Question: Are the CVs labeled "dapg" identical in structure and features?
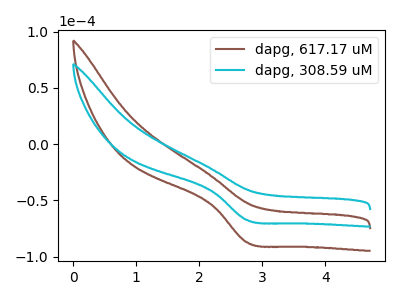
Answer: <think>The brown curve "dapg, 617.17 uM" has a cathodic peak at: (2.75V, -87.25uA). The cyan curve "dapg, 308.59 uM" has a cathodic peak at: (2.75V, -67.45uA).
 All the peaks in "dapg, 617.17 uM" have a peak in "dapg, 308.59 uM" at the same potential. Every peak in "dapg, 617.17 uM" is higher than every peak in "dapg, 308.59 uM".</think>
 <answer>All the CV's of "dapg" have similar shape.</answer>
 <eval>follow_rule</eval>